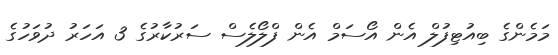
މަމެންގެ ބިއުޓިފުލް އެން އޯސަމް އެން ފްލޯލެސް ސަރުކާރުގެ 3 އަހަރު ދުވަހުގެ